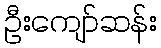
ဦးကျော်ဆန်း